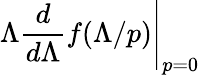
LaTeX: \Lambda\frac{d}{d\Lambda}f(\Lambda/p)\Bigg|_{p=0}